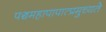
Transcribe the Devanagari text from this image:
पञ्चमहापापात्प्रमुच्यते